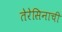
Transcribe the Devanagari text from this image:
तेरेसिनाची